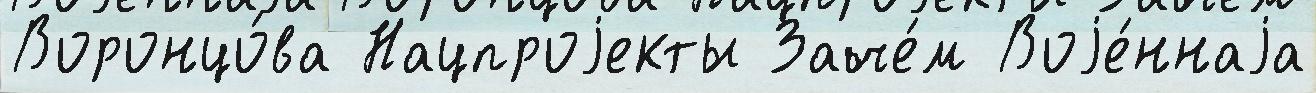
Воронцо́ва Нацпроjекты Заче́м Воjе́ннаjа